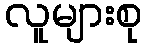
လူများစု